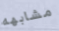
مشابهه